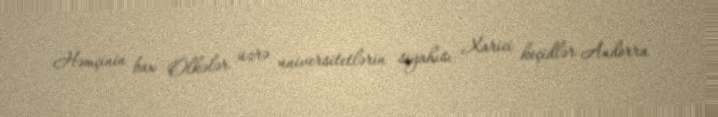
Həmçinin bax Ölkələr üzrə universitetlərin siyahısı Xarici keçidlər Andorra